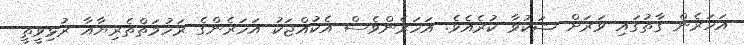
އަހަރެން ގާތުގައި ވަރަށް ޝަކުވާ ކުރެއެވެ. އަހަރެންވެސް އެކުއްޖަކު އަހަރެންގެ ރަހުމަތްތެރިޔާއާ ރުޅިވީތީ